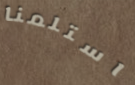
استلمنا